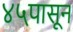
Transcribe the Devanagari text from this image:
४५पासून